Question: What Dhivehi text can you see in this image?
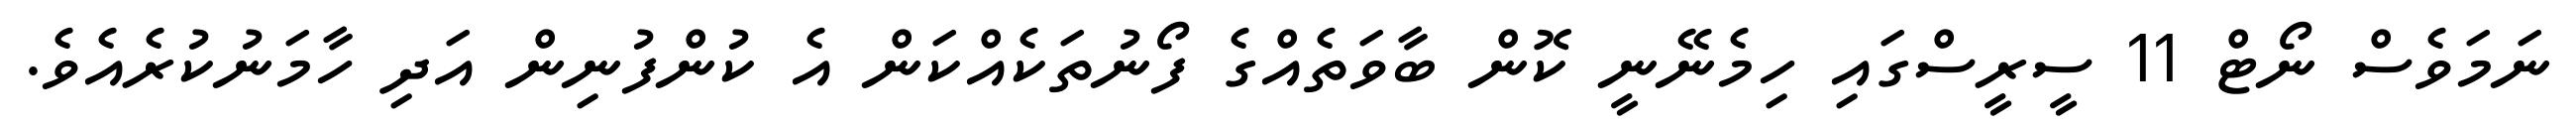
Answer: ނަމަވެސް ނޯޓް 11 ސީރީސްގައި ހިމެނޭނީ ކޮން ބާވަތެއްގެ ފޯނުތަކެއްކަން އެ ކުންފުނިން އަދި ހާމަނުކުރެއެވެ.